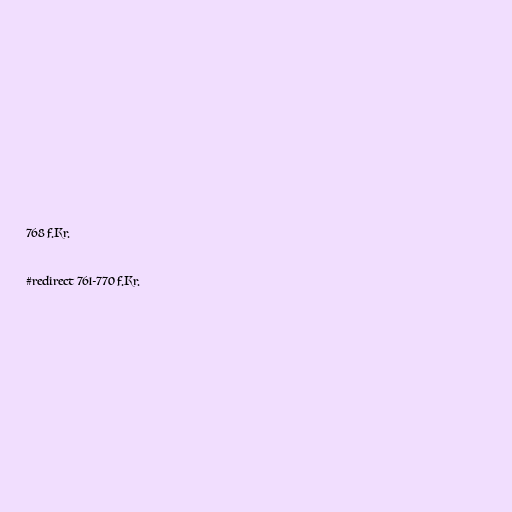
768 f.Kr.

#redirect 761-770 f.Kr.